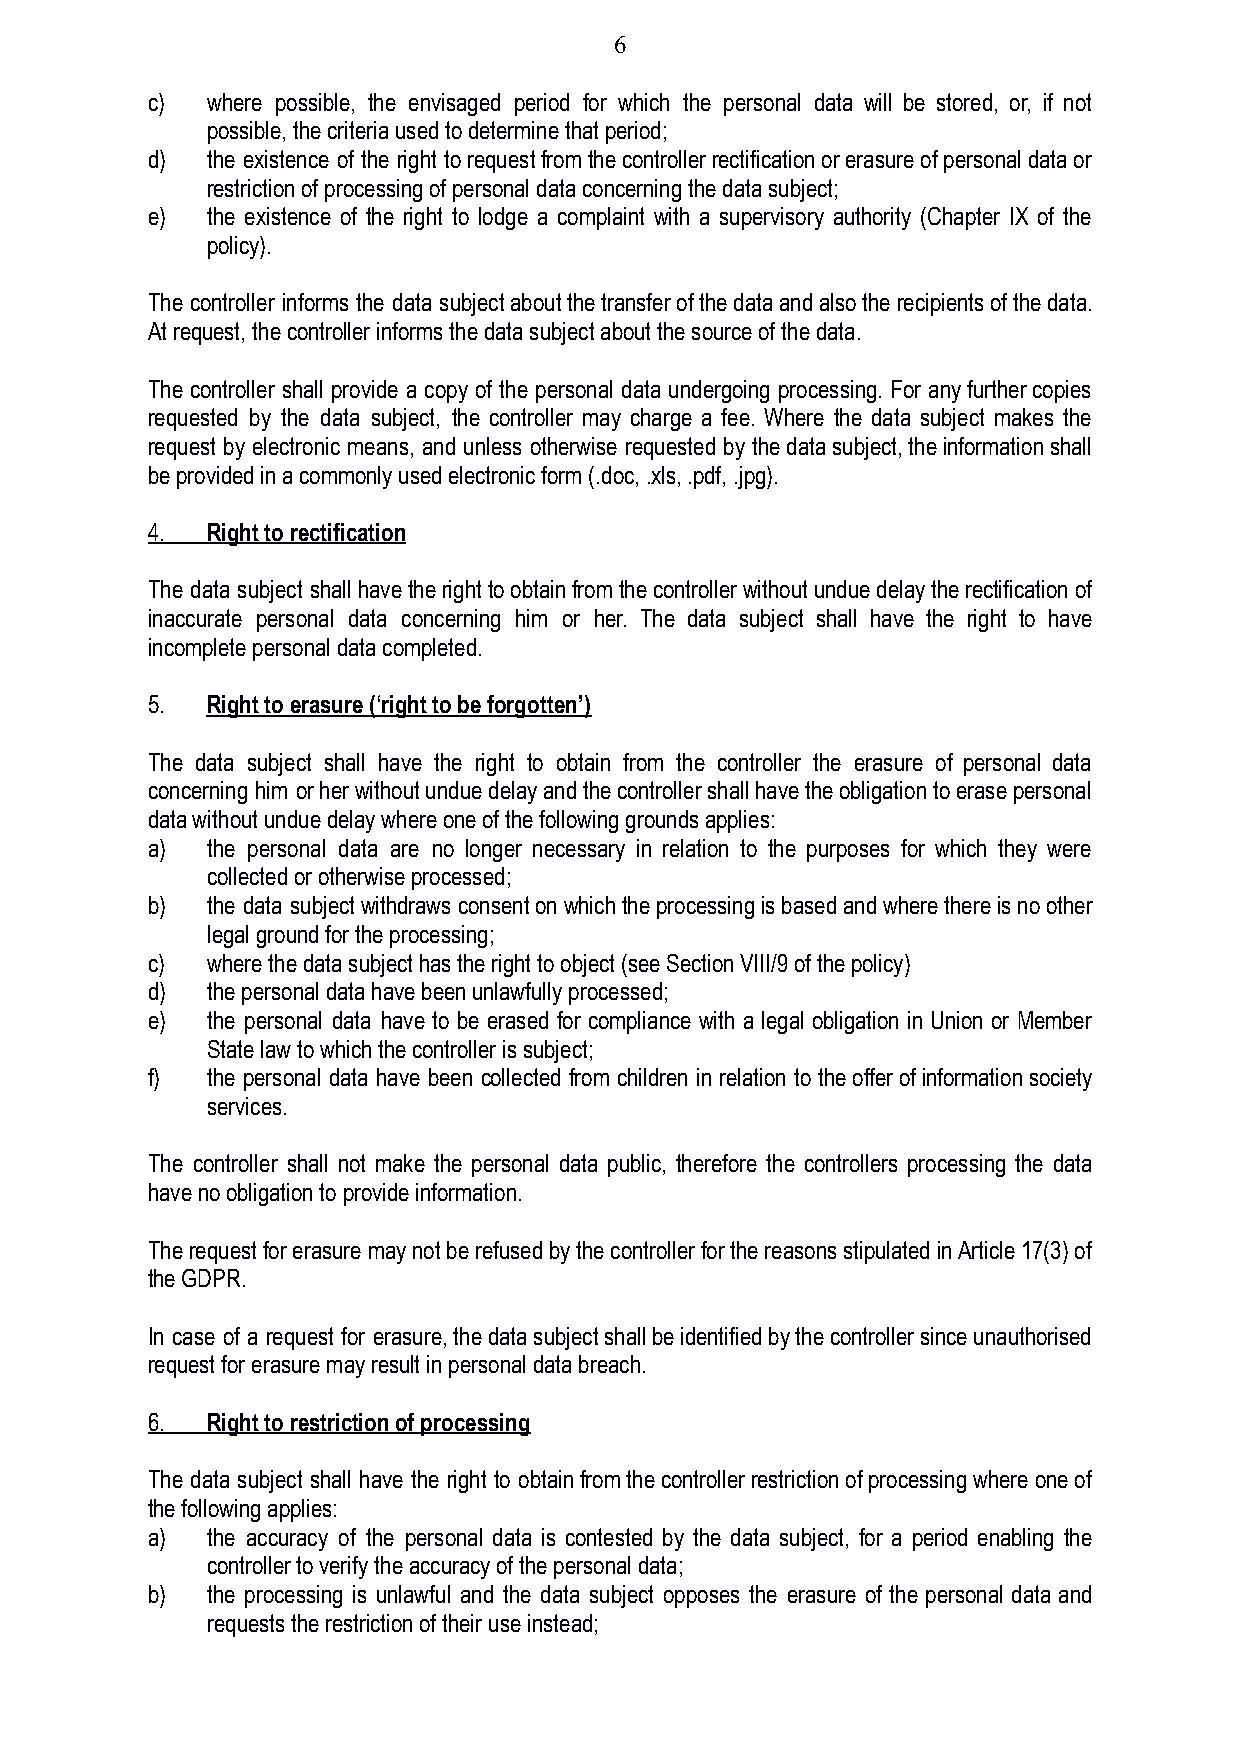
6
 c)  where possible, the envisaged period for which the personal data will be stored, or, if not
 possible, the criteria used to determine that period;
 d)  the existence of the right torequestfromthecontrollerrectificationorerasureofpersonaldataor
 restriction of processing of personal data concerningthe data subject;
 e)  the existence of the right to lodge a complaint with a supervisory authority (Chapter IX of the
 policy).
 The controller informs the data subjectaboutthetransferofthedataandalsotherecipientsofthedata.
 At request, the controller informs the data subjectabout the source of the data.
 The controller shall provide a copy of the personal data undergoing processing. For anyfurthercopies
 requested by the data subject, the controller may charge a fee. Where the data subject makes the
 request by electronic means, and unless otherwise requested by thedatasubject,theinformationshall
 be provided in a commonly used electronic form (.doc,.xls, .pdf, .jpg).
 4.  Right to rectification
 The data subject shallhavetherighttoobtainfromthecontrollerwithoutunduedelaytherectificationof
 inaccurate personal data concerning him or her. The data subject shall have the right to have
 incomplete personal data completed.
 5.  Right to erasure (‘right to be forgotten’)
 The data subject shall have the right to obtain from the controller the erasure of personal data
 concerning him orherwithoutunduedelayandthecontrollershallhavetheobligationtoerasepersonal
 data without undue delay where one of the followinggrounds applies:
 a)  the personal data are no longer necessary in relation to the purposes for which they were
 collected or otherwise processed;
 b)  the data subjectwithdrawsconsentonwhichtheprocessingisbasedandwherethereisnoother
 legal ground for the processing;
 c)  where the data subject has the right to object (seeSection VIII/9 of the policy)
 d)  the personal data have been unlawfully processed;
 e)  the personal data have to be erased for compliance with a legal obligation in Union or Member
 State law to which the controller is subject;
 f)  the personal data have been collected from children in relation to theofferofinformationsociety
 services.
 The controller shall not make the personal data public, therefore the controllers processing the data
 have no obligation to provide information.
 TherequestforerasuremaynotberefusedbythecontrollerforthereasonsstipulatedinArticle17(3)of
 the GDPR.
 In case of a request for erasure,thedatasubjectshallbeidentifiedbythecontrollersinceunauthorised
 request for erasure may result in personal data breach.
 6.  Right to restriction of processing
 The data subject shall have the right to obtainfromthecontrollerrestrictionofprocessingwhereoneof
 the following applies:
 a)  the accuracy of the personal data is contested by the data subject, for a period enabling the
 controller to verify the accuracy of the personaldata;
 b)  the processing is unlawful and the data subject opposes the erasure of the personal data and
 requests the restriction of their use instead;